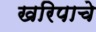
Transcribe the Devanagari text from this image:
खरिपाचे